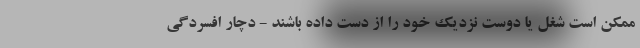
ممکن است شغل یا دوست نزدیک خود را از دست داده باشند - دچار افسردگی